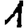
Digit: 1